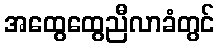
အထွေထွေညီလာခံတွင်